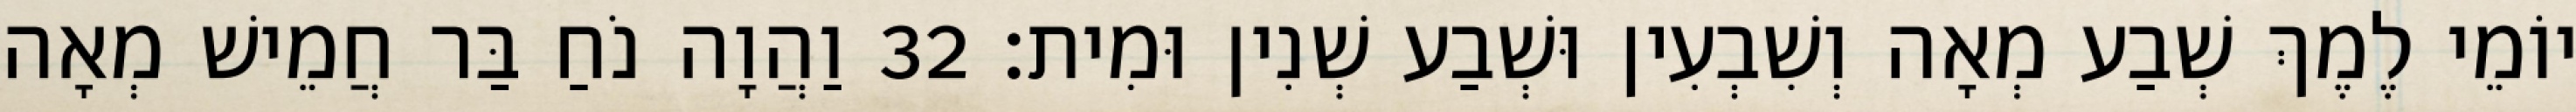
יוֹמֵי לֶמֶךְ שְׁבַע מְאָה וְשִׁבְעִין וּשְׁבַע שְׁנִין וּמִית׃ 32 וַהֲוָה נֹחַ בַּר חֲמֵישׁ מְאָה